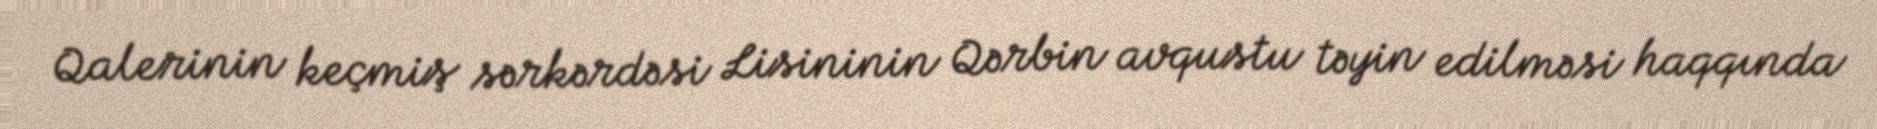
Qalerinin keçmiş sərkərdəsi Lisininin Qərbin avqustu təyin edilməsi haqqında